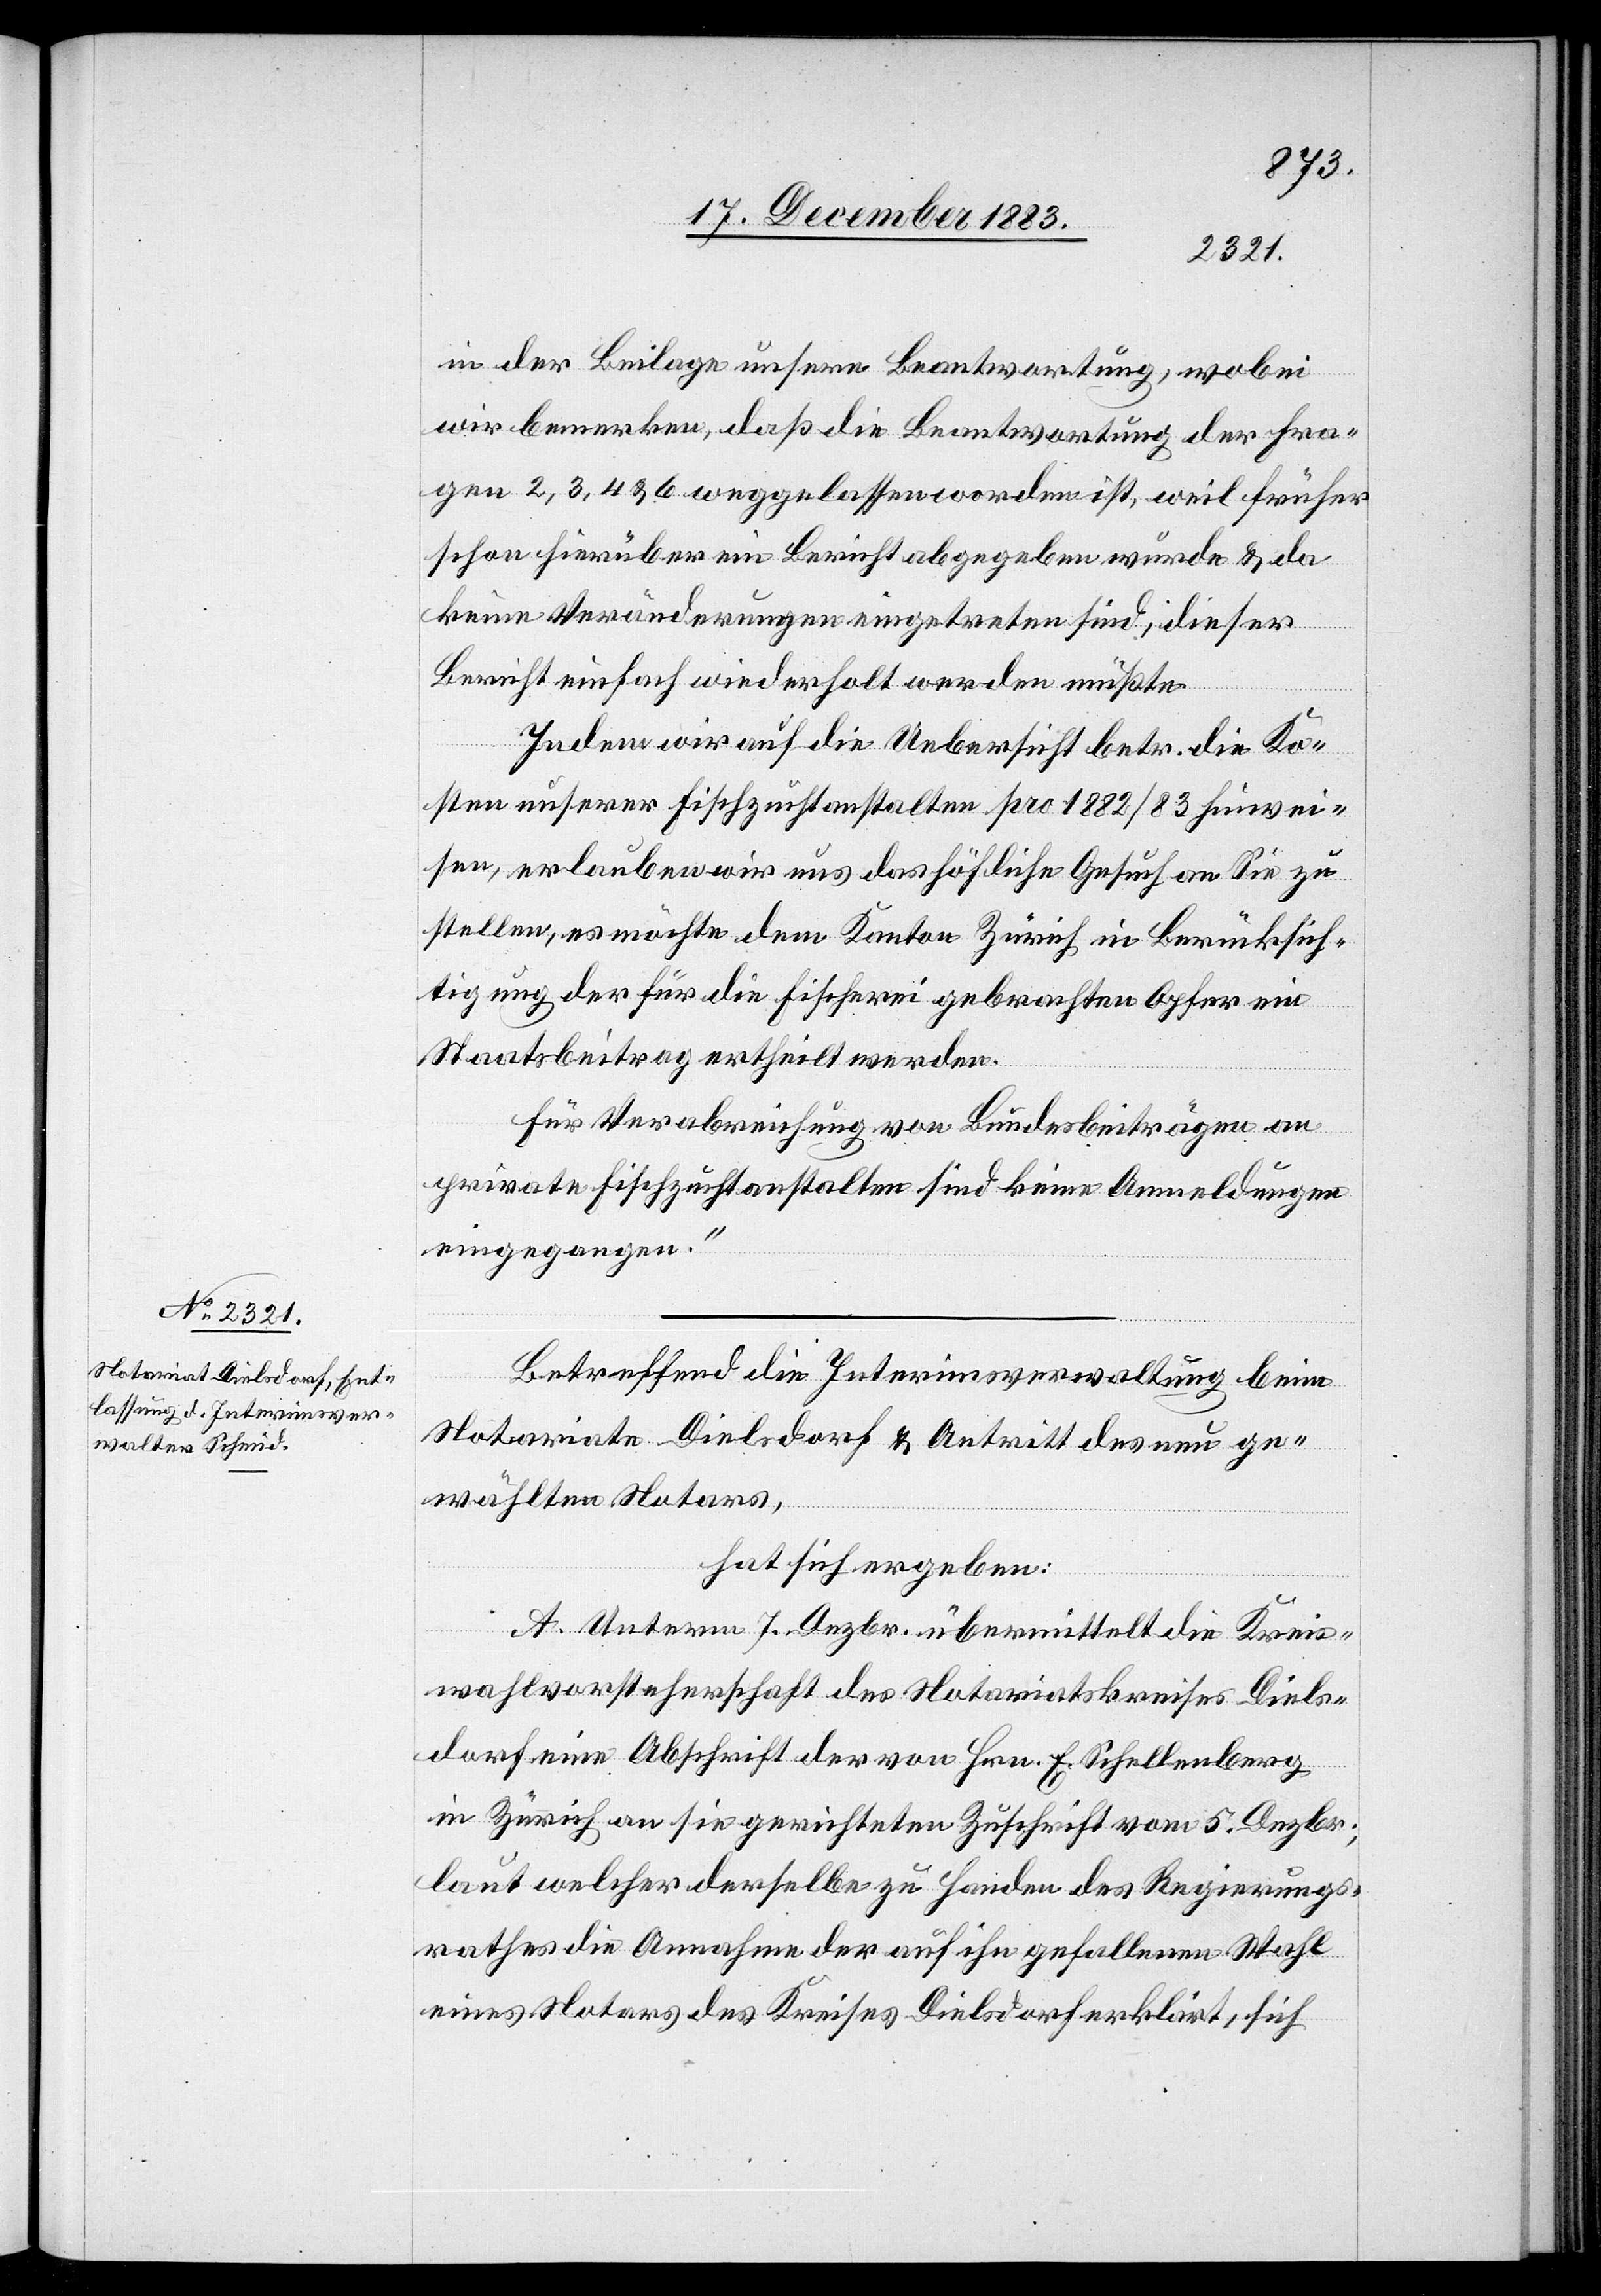
in der Beilage unsere Beantwortung, wobei
wir bemerken, daß die Beantwortung der Fra¬
gen 2, 3, 4 & 6 weggelassen worden ist, weil früher
schon hierüber ein Bericht abgegeben wurde & da
keine Veränderungen eingetreten sind, dieser
Bericht einfach wiederholt werden müßte.
Indem wir auf die Uebersicht betr. die Ko¬
sten unserer Fischzuchtanstalten pro 1882/83 hinwei¬
sen, erlauben wir uns das höfliche Gesuch an Sie zu
stellen, es möchte, dem Kanton Zürich in Berücksich¬
tigung der für die Fischerei gebrachten Opfer ein
Staatsbeitrag ertheilt werden.
Für Verabreichung von Bundesbeiträgen an
private Fischzuchtanstalten sind keine Anmeldungen
eingegangen.“
Betreffend die Interimsverwaltung beim
Notariate Dielsdorf & Antritt des neu ge¬
wählten Notars,
hat sich ergeben:
A. Unterm 7. Dezbr. übermittelt die Krei¬
svorsteherschaft des Notariatskreises Diels¬
dorf eine Abschrift der von Hrn. F. Schellenberg
in Zürich an sie gerichteten Zuschrift vom 5. Dezbr.,
laut welcher derselbe zu Handen des Regierungs¬
rathes die Annahme der auf ihn gefallenen Wahl
eines Notars des Kreises Dielsdorf erklärt, sich